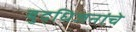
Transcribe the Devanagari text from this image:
बुद्धिजनांचे